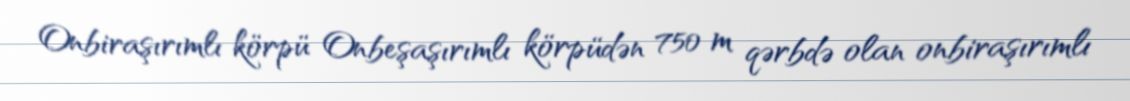
Onbiraşırımlı körpü Onbeşaşırımlı körpüdən 750 m qərbdə olan onbiraşırımlı